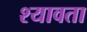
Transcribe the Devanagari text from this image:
श्यावता